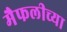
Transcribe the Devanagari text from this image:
मैफलीच्या